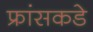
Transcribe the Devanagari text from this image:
फ्रांसकडे